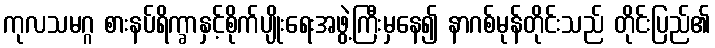
ကုလသမဂ္ဂ စားနပ်ရိက္ခာနှင့်စိုက်ပျိုးရေးအဖွဲ့ကြီးမှနေ၍ နာဂစ်မုန်တိုင်းသည် တိုင်းပြည်၏